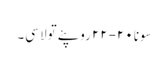
سونا ٢٠-٢٢ روپئے تولا سی۔